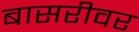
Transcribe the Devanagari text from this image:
बासरीवर